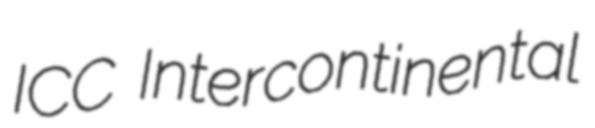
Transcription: ICC Intercontinental